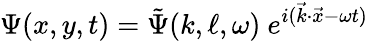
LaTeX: \Psi(x,y,t)=\tilde{\Psi}(k,\ell,\omega)~e^{i(\vec{k}\cdot\vec{x}-\omega t)}